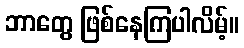
ဘာတွေ ဖြစ်နေကြပါလိမ့်။